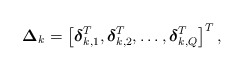
\begin{align*}\boldsymbol{\Delta}_k = \left[\boldsymbol{\delta}_{k,1}^T, \boldsymbol{\delta}_{k,2}^T, \ldots , \boldsymbol{\delta}_{k,Q}^T \right]^T,\end{align*}